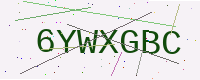
Text: 6YWXGBC